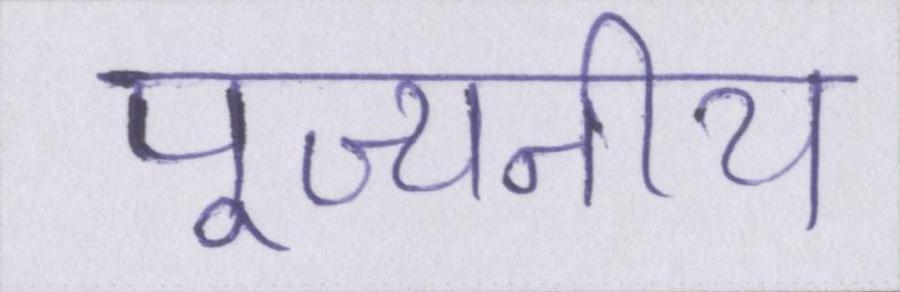
पूज्यनीय